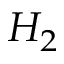
H _ { 2 }